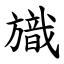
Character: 旘